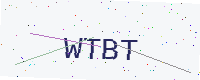
Text: WTBT